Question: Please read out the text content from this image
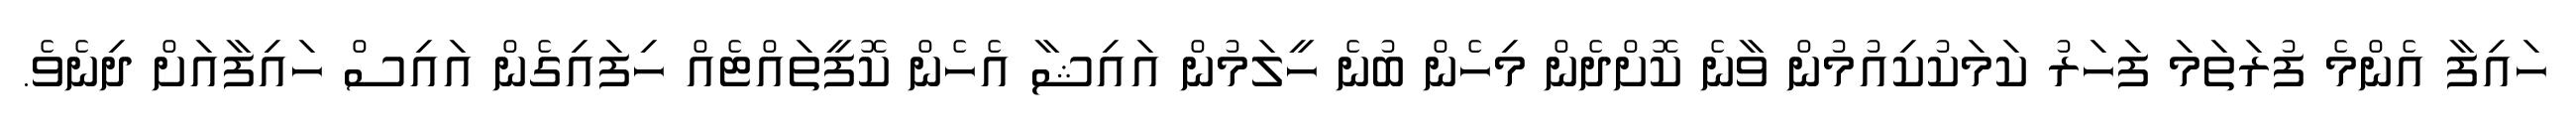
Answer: ހައިފާ އެންމެ ފުރަތަމަ ފަހަރު ކަމަކުކިއުމުން ވާނެ ކޮށްދެން މިހެން ބުނެ ހީލަމުން އައިޝާ އެހެން ކޮފީތައްޓެއް ހިފައިގެން އައިސް ހައިފާއަށް ދިނެވެ.